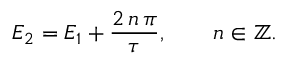
E _ { 2 } = E _ { 1 } + \frac { 2 \, n \, \pi } { \tau } , \qquad n \in \mathbb { Z } .